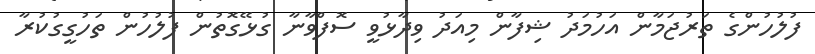
ފުލުހުންގެ ތަރުޖަމާން އަހުމަދު ޝިފާން މިއަދު ވިދާޅުވީ ސޮފްވާނާ ގުޅޭގޮތުން ފުލުހުން ތަހުގީގުކުރާ